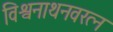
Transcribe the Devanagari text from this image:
विश्वनाथनवरत्न